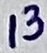
Text: 13